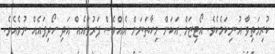
ކުރިމަތިވާ އުނިކަމެކެވެ. އޯޓިޒަމް އަކަށް މިހާތަނަށް އެއްވެސް ފަރުވާއެއް އަދި ހޯދިފައެއް ނުވެއެވެ.